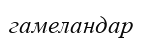
гамеландар